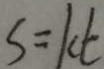
S = k t